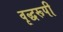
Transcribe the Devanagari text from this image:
वृद्धरूपी